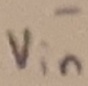
Text: -Vin